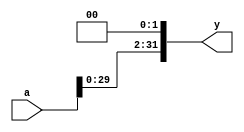
`timescale 1ns / 1ps
//////////////////////////////////////////////////////////////////////////////////
// Company: 
// Engineer: 
// 
// Design Name: 
// Module Name: sl2
// Project Name: 
// Target Devices: 
// Tool Versions: 
// Description: 
// 
// Dependencies: 
// 
// Revision:
// Revision 0.01 - File Created
// Additional Comments:
// 
//////////////////////////////////////////////////////////////////////////////////

// left shift
module sl2(
    input [31:0] a,
    output [31:0] y
    );

    assign y = {a[29:0], 2'b00};
endmodule